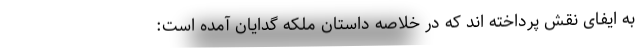
به ایفای نقش پرداخته اند که در خلاصه داستان ملکه گدایان آمده است: